Leaving Certificate, 1901
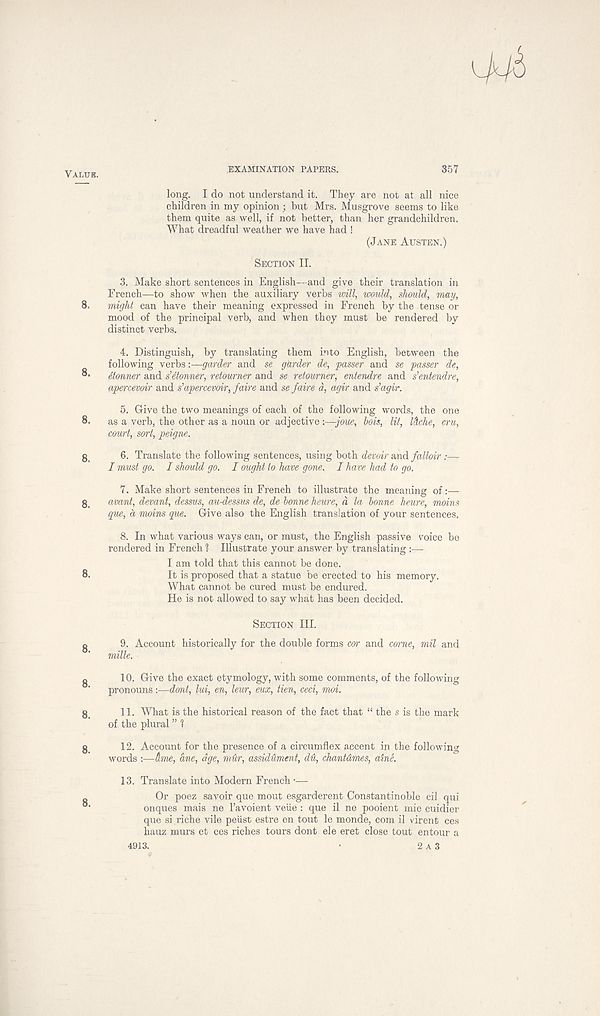
VALUE.
8.
8.
8.
8.
8.
8.
8.
8.
8.
8.
8.
EXAMINATION PAPERS.
357
long. I do not understand it. They are not at all nice
children in my opinion ; but Mrs. Musgrove seems to like
them quite as well, if not better, than her grandchildren.
What dreadful weather we have had !
(JANE AUSTEN.)
SECTION II.
3. Make short sentences in English—and give their translation in
French—to show when the auxiliary verbs will, would, should, may,
might can have their meaning expressed in French by the tense or
mood of the principal verb, and when they must be rendered by
distinct verbs.
4. Distinguish, by translating them into English, between the
following verbs -.—garder and se gkrder de, passer and se passer de,
Manner and s’Monner, retourner and se retourner, entendre and s’entendre,
apercevoir and s’apercevoir, faire and se fairs d, agir and s’agir.
5. Give the two meanings of each of the following words, the one
as a verb, the other as a noun or adjective :—joue, bois, lit, Ihche, cru,
court, sort, peigne.
6. Translate the following sentences, using both devoir and falloir:—
I must go. I should, go. I ought to have gone. I have had to go.
7. Make short sentences in French to illustrate the meaning of:—
avant, devant, dessus, au-dessus de, de bonne heure, d la bonne heure, moins
gue, d moins que. Give also the English translation of your sentences,
8. In what various ways can, or must, the English passive voice be
rendered in French 1 Illustrate your answer by translating :—
I am told that this cannot be done.
It is proposed that a statue be erected to his memory.
What cannot be cured must be endured.
He is not allowed to say what has been decided.
SECTION III.
9. Account historically for the double forms cor and corne, mil and
mille.
10. Give the exact etymology, with some comments, of the following
pronouns:—dont, lui, en, leur, eux, tien, ceci, moi.
11. What is the historical reason of the fact that “ the s is the mark
of the plural ” ?
12. Account for the presence of a circumflex accent in the following
words :—dme, dne, age, mdr, assidhment, dU, chantdmes, alne.
13. Translate into Modern French •—
Or poez savoir que mout esgarderent Constantinoble cil qui
onques mais ne 1’avoient veiie : que il ne pooient mie cuidier
que si riche vile peiist estre en tout le monde, com il virent ces
hauz murs et ces riches tours dont ele eret close tout entour a
4913.
•
2 A 3